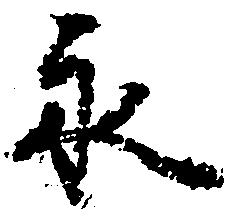
永